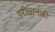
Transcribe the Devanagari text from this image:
परीक्षानळी